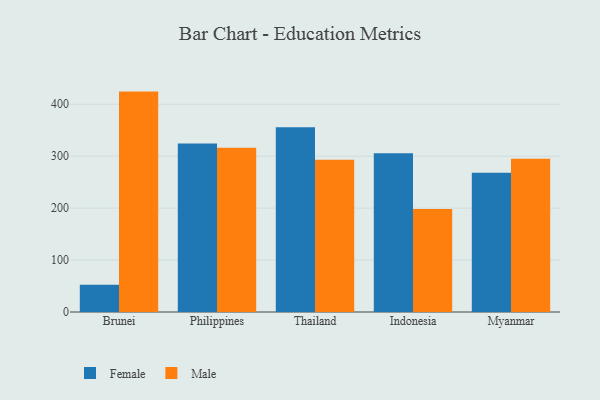
{"axis": {"x": "Country", "y": "Customer Acquisition Cost (USD)"}, "legend": ["Female", "Male"], "data": [{"x": "Brunei", "y": 52.6, "type": "Female"}, {"x": "Brunei", "y": 424.4, "type": "Male"}, {"x": "Philippines", "y": 324.7, "type": "Female"}, {"x": "Philippines", "y": 316.5, "type": "Male"}, {"x": "Thailand", "y": 355.6, "type": "Female"}, {"x": "Thailand", "y": 293.2, "type": "Male"}, {"x": "Indonesia", "y": 305.9, "type": "Female"}, {"x": "Indonesia", "y": 198.1, "type": "Male"}, {"x": "Myanmar", "y": 268.1, "type": "Female"}, {"x": "Myanmar", "y": 295.0, "type": "Male"}]}